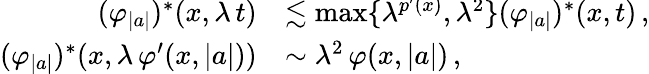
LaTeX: \begin{array}{rl}{(\varphi_{\vert a\vert})^{*}(x,\lambda\, t)}&{\lesssim\smash{\operatorname*{max}\{ \lambda^{p^{\prime}(x)},\lambda^{2}\} }(\varphi_{\vert a\vert})^{*}(x,t)\, ,}\\ {(\varphi_{\vert a\vert})^{*}(x,\lambda\, \varphi^{\prime}(x,\vert a\vert))}&{\sim\smash{\lambda^{2}}\, \varphi(x,\vert a\vert)\, ,}\end{array}